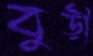
বুড়ী